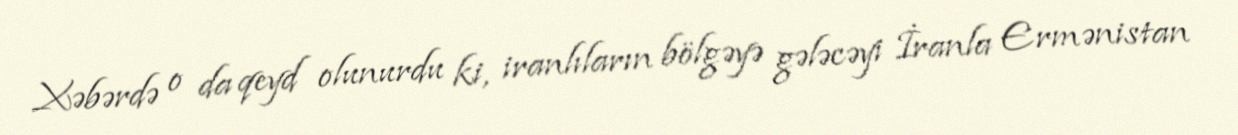
Xəbərdə o da qeyd olunurdu ki, iranlıların bölgəyə gələcəyi İranla Ermənistan